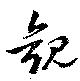
觀